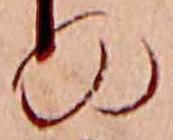
の